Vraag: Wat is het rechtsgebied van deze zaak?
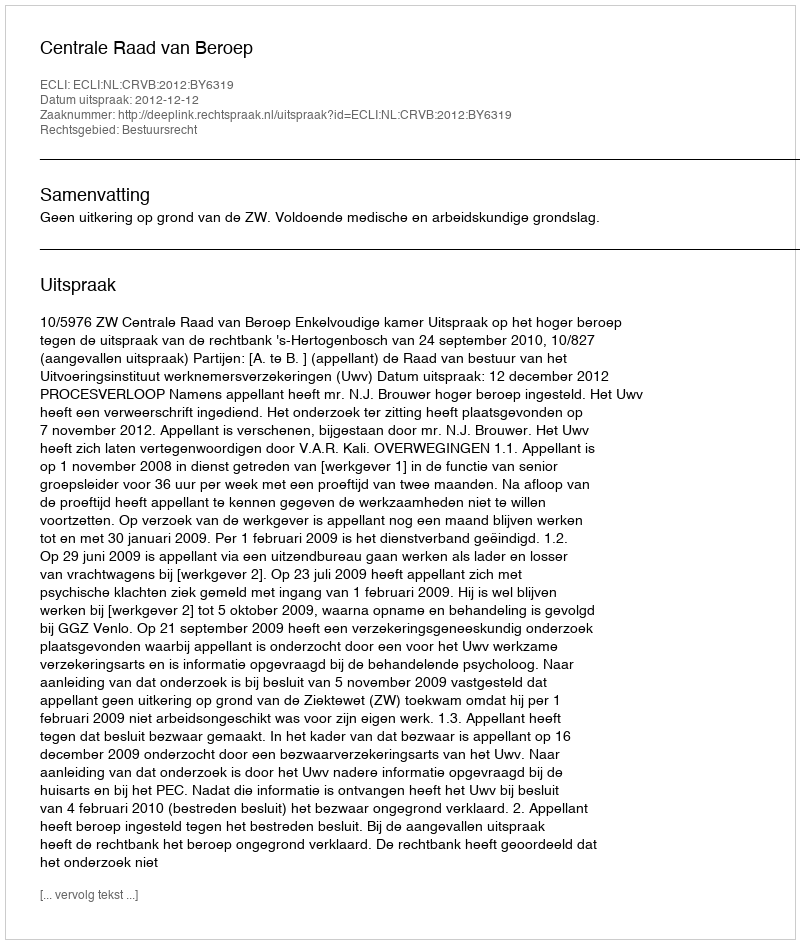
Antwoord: Bestuursrecht